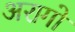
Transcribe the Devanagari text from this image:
अरागो